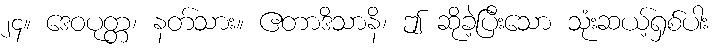
၂၄။ ဒေဝပုတ္တ၊ နတ်သား။ ဧတာဒိသာနိ၊ ဤ ဆိုခဲ့ပြီးသော သုံးဆယ့်ရှစ်ပါး